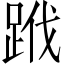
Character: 𨀳